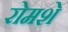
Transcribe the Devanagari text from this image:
रोमशे